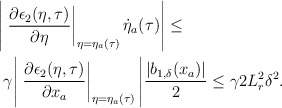
\begin{align*}\begin{aligned}\Bigg|&\left.\dfrac{\partial \epsilon_2(\eta,\tau)}{\partial \eta}\right|_{\eta = \eta_a(\tau)} \dot{\eta}_a(\tau)\Bigg| \le \\&\gamma\Bigg|\left.\dfrac{\partial \epsilon_2(\eta,\tau)}{\partial x_a}\right|_{\eta = \eta_a(\tau)}\Bigg| \dfrac{|b_{1,\delta}(x_a)|}{2} \le \gamma 2 L_r^2 \delta^2. \end{aligned}\end{align*}